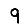
Digit: 9